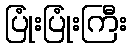
ပြုံးပြုံးကြီး